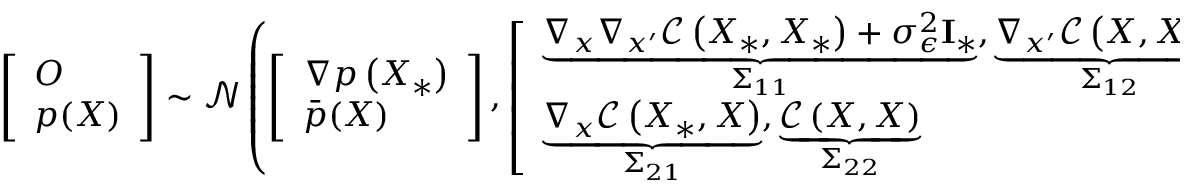
\left[ \begin{array} { l } { \boldsymbol { O } } \\ { p ( \boldsymbol { X } ) } \end{array} \right] \sim \mathcal { N } \left( \left[ \begin{array} { l } { \nabla p \left( \boldsymbol { X } _ { * } \right) } \\ { \bar { p } ( \boldsymbol { X } ) } \end{array} \right] , \left[ \begin{array} { l } { \underbrace { \nabla _ { \boldsymbol { x } } \nabla _ { \boldsymbol { x } ^ { \prime } } \mathcal { C } \left( \boldsymbol { X } _ { * } , \boldsymbol { X } _ { * } \right) + \sigma _ { \epsilon } ^ { 2 } \mathbf { I } _ { * } } _ { \Sigma _ { 1 1 } } , \underbrace { \nabla _ { \boldsymbol { x } ^ { \prime } } \mathcal { C } \left( \boldsymbol { X } , \boldsymbol { X } _ { * } \right) } _ { \Sigma _ { 1 2 } } } \\ { \underbrace { \nabla _ { \boldsymbol { x } } \mathcal { C } \left( \boldsymbol { X } _ { * } , \boldsymbol { X } \right) } _ { \Sigma _ { 2 1 } } , \underbrace { \mathcal { C } \left( \boldsymbol { X } , \boldsymbol { X } \right) } _ { \Sigma _ { 2 2 } } } \end{array} \right] \right)